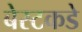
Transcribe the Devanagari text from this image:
बेस्टकडे